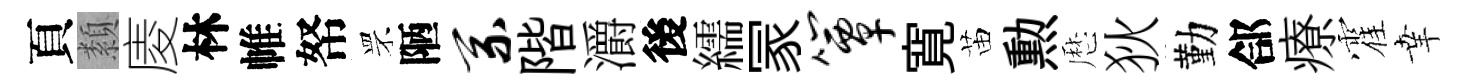
頁纇庱林帷帑罘陋系階灂後繻冡簟寛苗勲厯狄勤郃療霍𦍒